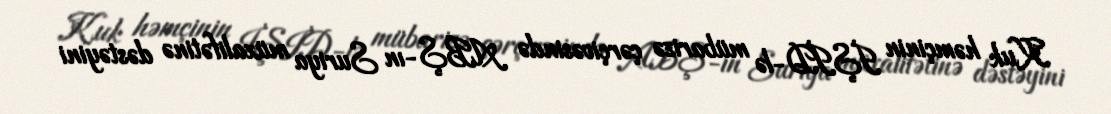
Kuk həmçinin İŞİD-lə mübarizə çərçivəsində ABŞ-ın Suriya müxalifətinə dəstəyini